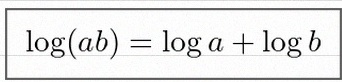
\log(ab)=\log a+\log b